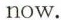
now.